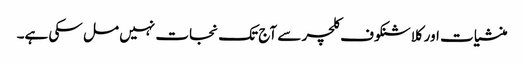
منشیات اور کلاشنکوف کلچر سے آج تک نجات نہیں مل سکی ہے۔